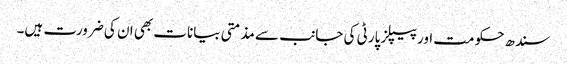
سندھ حکومت اور پیپلز پارٹی کی جانب سے مذمتی بیانات بھی ان کی ضرورت ہیں۔